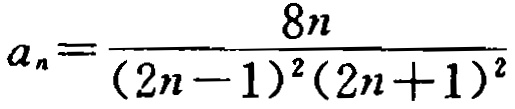
\[a_{n}=\frac{8n}{(2n - 1)^{2}(2n + 1)^{2}}\]